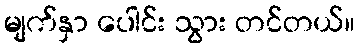
မျက်နှာ ပေါင်း သွား တင်တယ်။